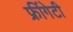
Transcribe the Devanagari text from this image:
फ्रींगेटी